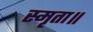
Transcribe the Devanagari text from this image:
स्मृता॥